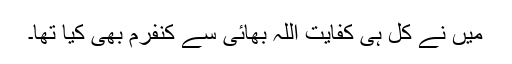
میں نے کل ہی کفایت اللہ بھائی سے کنفرم بھی کیا تھا۔